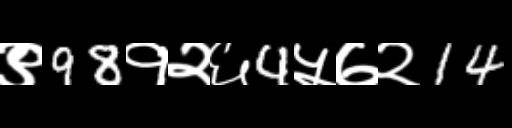
Text: ९98१२६4५७२14